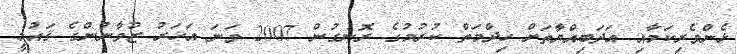
ޅެންވެރިކަމާއި އަދަބިއްޔާތަށް ޚިދްމަތް ކުރުމުގެ ރޮނގުން 2007 ވަނަ އަހަރު ޒުވާނުންގެ ޤައުމީ